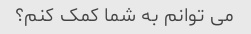
می توانم به شما کمک کنم؟